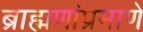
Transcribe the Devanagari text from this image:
ब्राह्मणांप्रमाणे